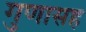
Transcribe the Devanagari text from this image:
गुणासह